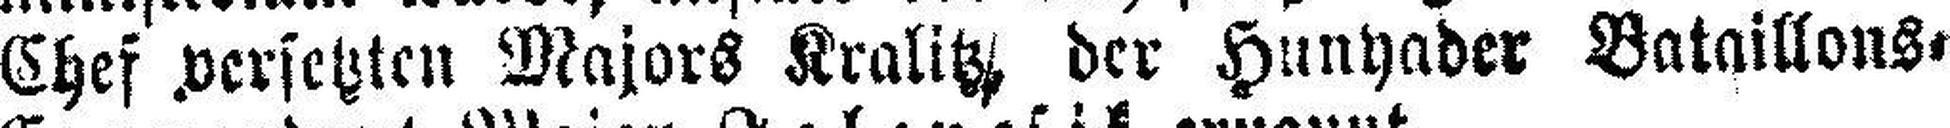
Chef versetzten Majors Kralitz der Hunyader Bataillons=